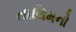
તાલિમનો